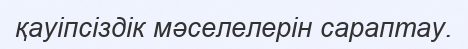
қауіпсіздік мәселелерін сараптау.